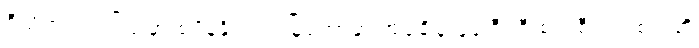
ဒီသီတင်းပတ်ထဲမှာ စပိန်နိုင်ငံရဲ့ မြို့တော်မှာ အပူချိန် ၄၄ ဒီဂရီ စဲလ်စီးယပ်စ်အထိ